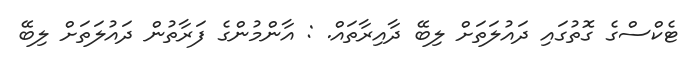
ޓެކްސްގެ ގޮތުގައި ދައުލަތަށް ލިބޭ ދާއިރާތައް. : އާންމުންގެ ފަރާތުން ދައުލަތަށް ލިބޭ